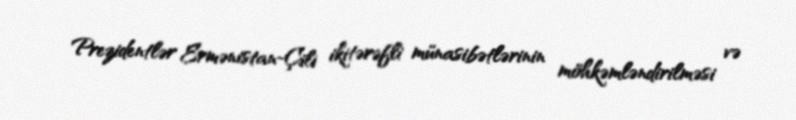
Prezidentlər Ermənistan-Çili ikitərəfli münasibətlərinin möhkəmləndirilməsi və